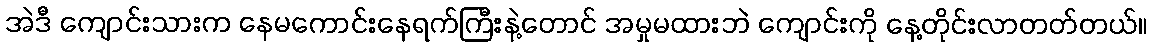
အဲဒီ ကျောင်းသားက နေမကောင်းနေရက်ကြီးနဲ့တောင် အမှုမထားဘဲ ကျောင်းကို နေ့တိုင်းလာတတ်တယ်။